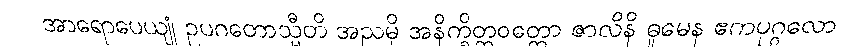
အာရောပေယျုံ ဥပဂတောသ္မီတိ အညမှိ အနိက္ခိတ္တဝတ္တော ဇာလိနိ ဓူမေန ဧကပုဂ္ဂလော